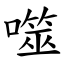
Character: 噬